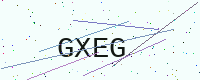
Text: GXEG